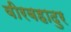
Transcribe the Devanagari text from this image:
वीरबहादुर